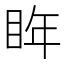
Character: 𭾮